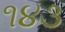
૧૪૩